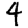
Digit: 4